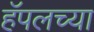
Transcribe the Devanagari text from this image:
हॅपलच्या